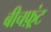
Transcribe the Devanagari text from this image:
बीचफ़्रंट